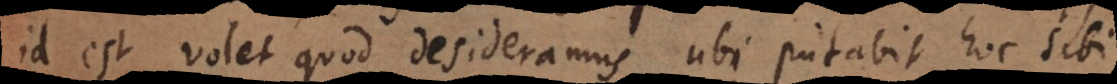
id est volet quod desideramus ubi putabit hoc sibi